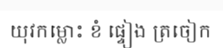
យុវកម្លោះ ខំ ផ្ទៀង ត្រចៀក